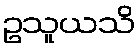
ဥသူယသိ